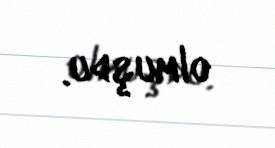
olmuşdu.